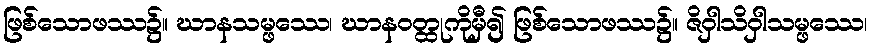
ဖြစ်သောဖဿ၌။ ဃာနသမ္ဖဿေ၊ ဃာနဝတ္ထုကိုမှီ၍ ဖြစ်သောဖဿ၌။ ဇိဝှါသိဝှါသမ္ဖဿေ၊